Elephants and their diseases
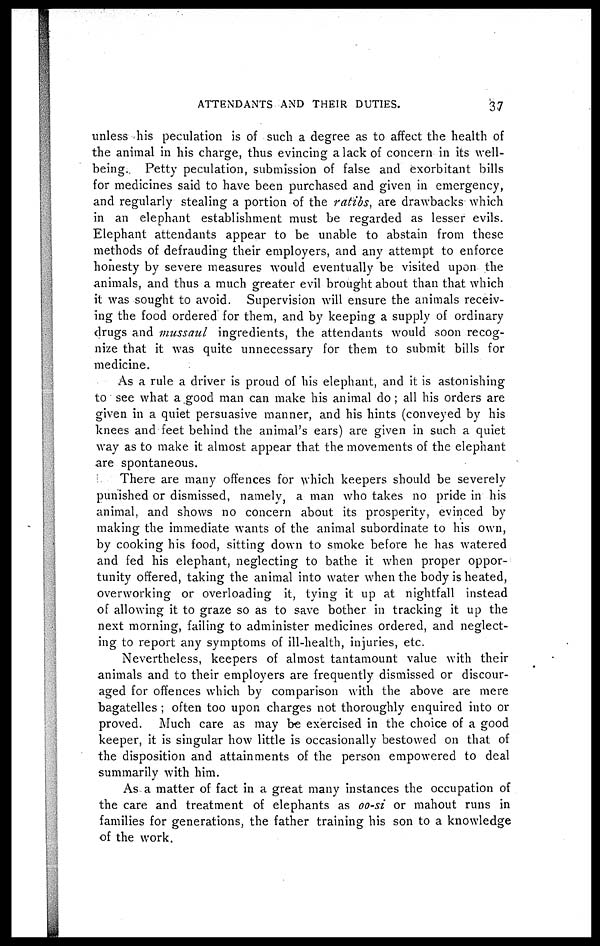
ATTENDANTS AND THEIR DUTIES.
37
unless his peculation is of such a degree as to affect the health of
the animal in his charge, thus evincing a lack of concern in its well-
being. Petty peculation, submission of false and exorbitant bills
for medicines said to have been purchased and given in emergency,
and regularly stealing a portion of the ratibs, are drawbacks which
in an elephant establishment must be regarded as lesser evils.
Elephant attendants appear to be unable to abstain from these
methods of defrauding their employers, and any attempt to enforce
honesty by severe measures would eventually be visited upon the
animals, and thus a much greater evil brought about than that which
it was sought to avoid. Supervision will ensure the animals receiv-
ing the food ordered for them, and by keeping a supply of ordinary
drugs and mussaul ingredients, the attendants would soon recog-
nize that it was quite unnecessary for them to submit bills for
medicine.
As a rule a driver is proud of his elephant, and it is astonishing
to see what a good man can make his animal do ; all his orders are
given in a quiet persuasive manner, and his hints (conveyed by his
knees and feet behind the animal's ears) are given in such a quiet
way as to make it almost appear that the movements of the elephant
are spontaneous.
There are many offences for which keepers should be severely
punished or dismissed, namely, a man who takes no pride in his
animal, and shows no concern about its prosperity, evinced by
making the immediate wants of the animal subordinate to his own,
by cooking his food, sitting down to smoke before he has watered
and fed his elephant, neglecting to bathe it when proper oppor-
tunity offered, taking the animal into water when the body is heated,
overworking or overloading it, tying it up at nightfall instead
of allowing it to graze so as to save bother in tracking it up the
next morning, failing to administer medicines ordered, and neglect-
ing to report any symptoms of ill-health, injuries, etc.
Nevertheless, keepers of almost tantamount value with their
animals and to their employers are frequently dismissed or discour-
aged for offences which by comparison with the above are mere
bagatelles ; often too upon charges not thoroughly enquired into or
proved. Much care as may be exercised in the choice of a good
keeper, it is singular how little is occasionally bestowed on that of
the disposition and attainments of the person empowered to deal
summarily with him.
As a matter of fact in a great many instances the occupation of
the care and treatment of elephants as oo-si or mahout runs in
families for generations, the father training his son to a knowledge
of the work.